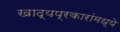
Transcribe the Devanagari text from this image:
खाद्यप्रकारांमध्ये